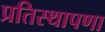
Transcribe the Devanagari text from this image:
प्रतिस्थापणा